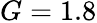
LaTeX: G=1.8